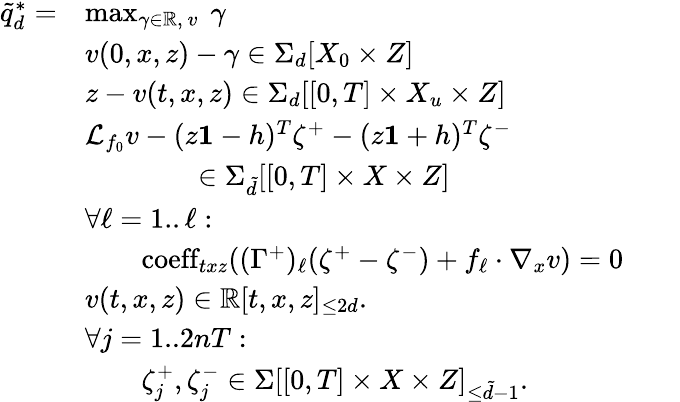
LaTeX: \begin{array}{rlrl}{\tilde{q}_{d}^{*}=}&{\operatorname*{max}_{\gamma\in\mathbb{R},\ v}\ \gamma}&&{}\\ &{v(0,x,z)-\gamma\in\Sigma_{d}[X_{0}\times Z]}\\ &{z-v(t,x,z)\in\Sigma_{d}[[0,T]\times X_{u}\times Z]}\\ &{\mathcal{L}_{f_{0}}v-(z\mathbf{1}-h)^{T}\zeta^{+}-(z\mathbf{1}+h)^{T}\zeta^{-}}\\ &{\qquad\qquad\in\Sigma_{\tilde{d}}[[0,T]\times X\times Z]}\\ &{\forall\ell=1..\ell:}\\ &{\qquad\textrm{coeff}_{txz}((\Gamma^{+})_{\ell}(\zeta^{+}-\zeta^{-})+f_{\ell}\cdot\nabla_{x}v)=0}&&{}\\ &{v(t,x,z)\in\mathbb{R}[t,x,z]_{\leq 2d}.}&&{}\\ &{\forall j=1..2nT:\ }\\ &{\qquad\zeta_{j}^{+},\zeta_{j}^{-}\in\Sigma[[0,T]\times X\times Z]_{\leq\tilde{d}-1}.}&&{}\end{array}